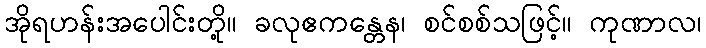
အိုရဟန်းအပေါင်းတို့။ ခလုဧကန္တေန၊ စင်စစ်သဖြင့်။ ကုဏာလ၊